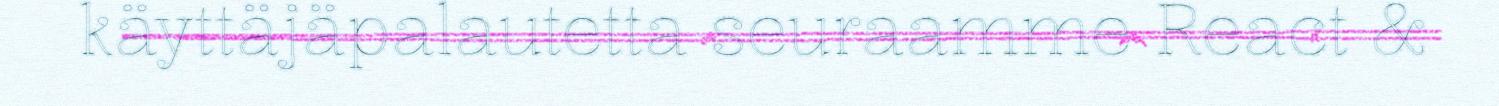
käyttäjäpalautetta seuraamme React &